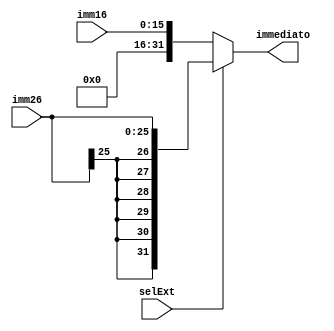
`timescale 1ns / 1ps
//////////////////////////////////////////////////////////////////////////////////
// Company: 
// Engineer: 
// 
// Design Name: 
// Module Name:    immExt 
// Project Name: 
// Target Devices: 
// Tool versions: 
// Description: 
//
// Dependencies: 
//
// Revision: 
// Revision 0.01 - File Created
// Additional Comments: 
//
//////////////////////////////////////////////////////////////////////////////////
module immExt(

		input selExt,
		input [15:0]imm16,
		input [25:0]imm26,
		
		output reg [31:0]immediato
    );

	always @*
	if(selExt)
		immediato = {imm26[25],imm26[25],imm26[25],imm26[25],imm26[25],imm26[25],imm26};
	else
		immediato = {16'b0,imm16};

endmodule